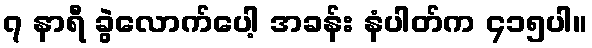
၇ နာရီ ခွဲလောက်ပေါ့ အခန်း နံပါတ်က ၄၁၅ပါ။